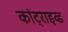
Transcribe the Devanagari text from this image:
कांट्राइव्ड